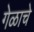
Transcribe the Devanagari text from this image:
गेळाचे